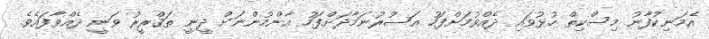
އެމަނިކުފާނު މިސްކިތް ހުޅުވައި ދެއްވުމަށްފަހު ޢަޞުރުނަމާދަށްފަހު ޢާންމުންނަށް ދީނީ ތަޤްރީރު ވަނީ ދެއްވާފައެވެ.